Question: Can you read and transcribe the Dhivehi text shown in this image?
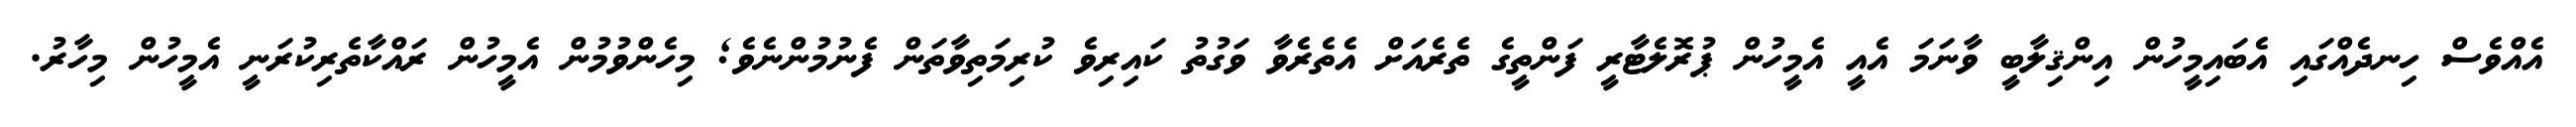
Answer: އެއްވެސް ހިނދެއްގައި އެބައިމީހުން އިންޤިލާބީ ވާނަމަ އެއީ އެމީހުން ޕުރޮލެޓާރީ ފަންތީގެ ތެރެއަށް އެތެރެވާ ވަގުތު ކައިރިވެ ކުރިމަތިވާތަން ފެނުމުންނެވެ; މިހެންވުމުން އެމީހުން ރައްކާތެރިކުރަނީ އެމީހުން މިހާރު.